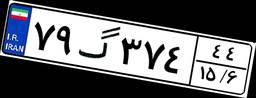
۷۹گ۳۷۴۴۴